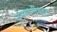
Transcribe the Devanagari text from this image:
वनस्पतींबद्दल